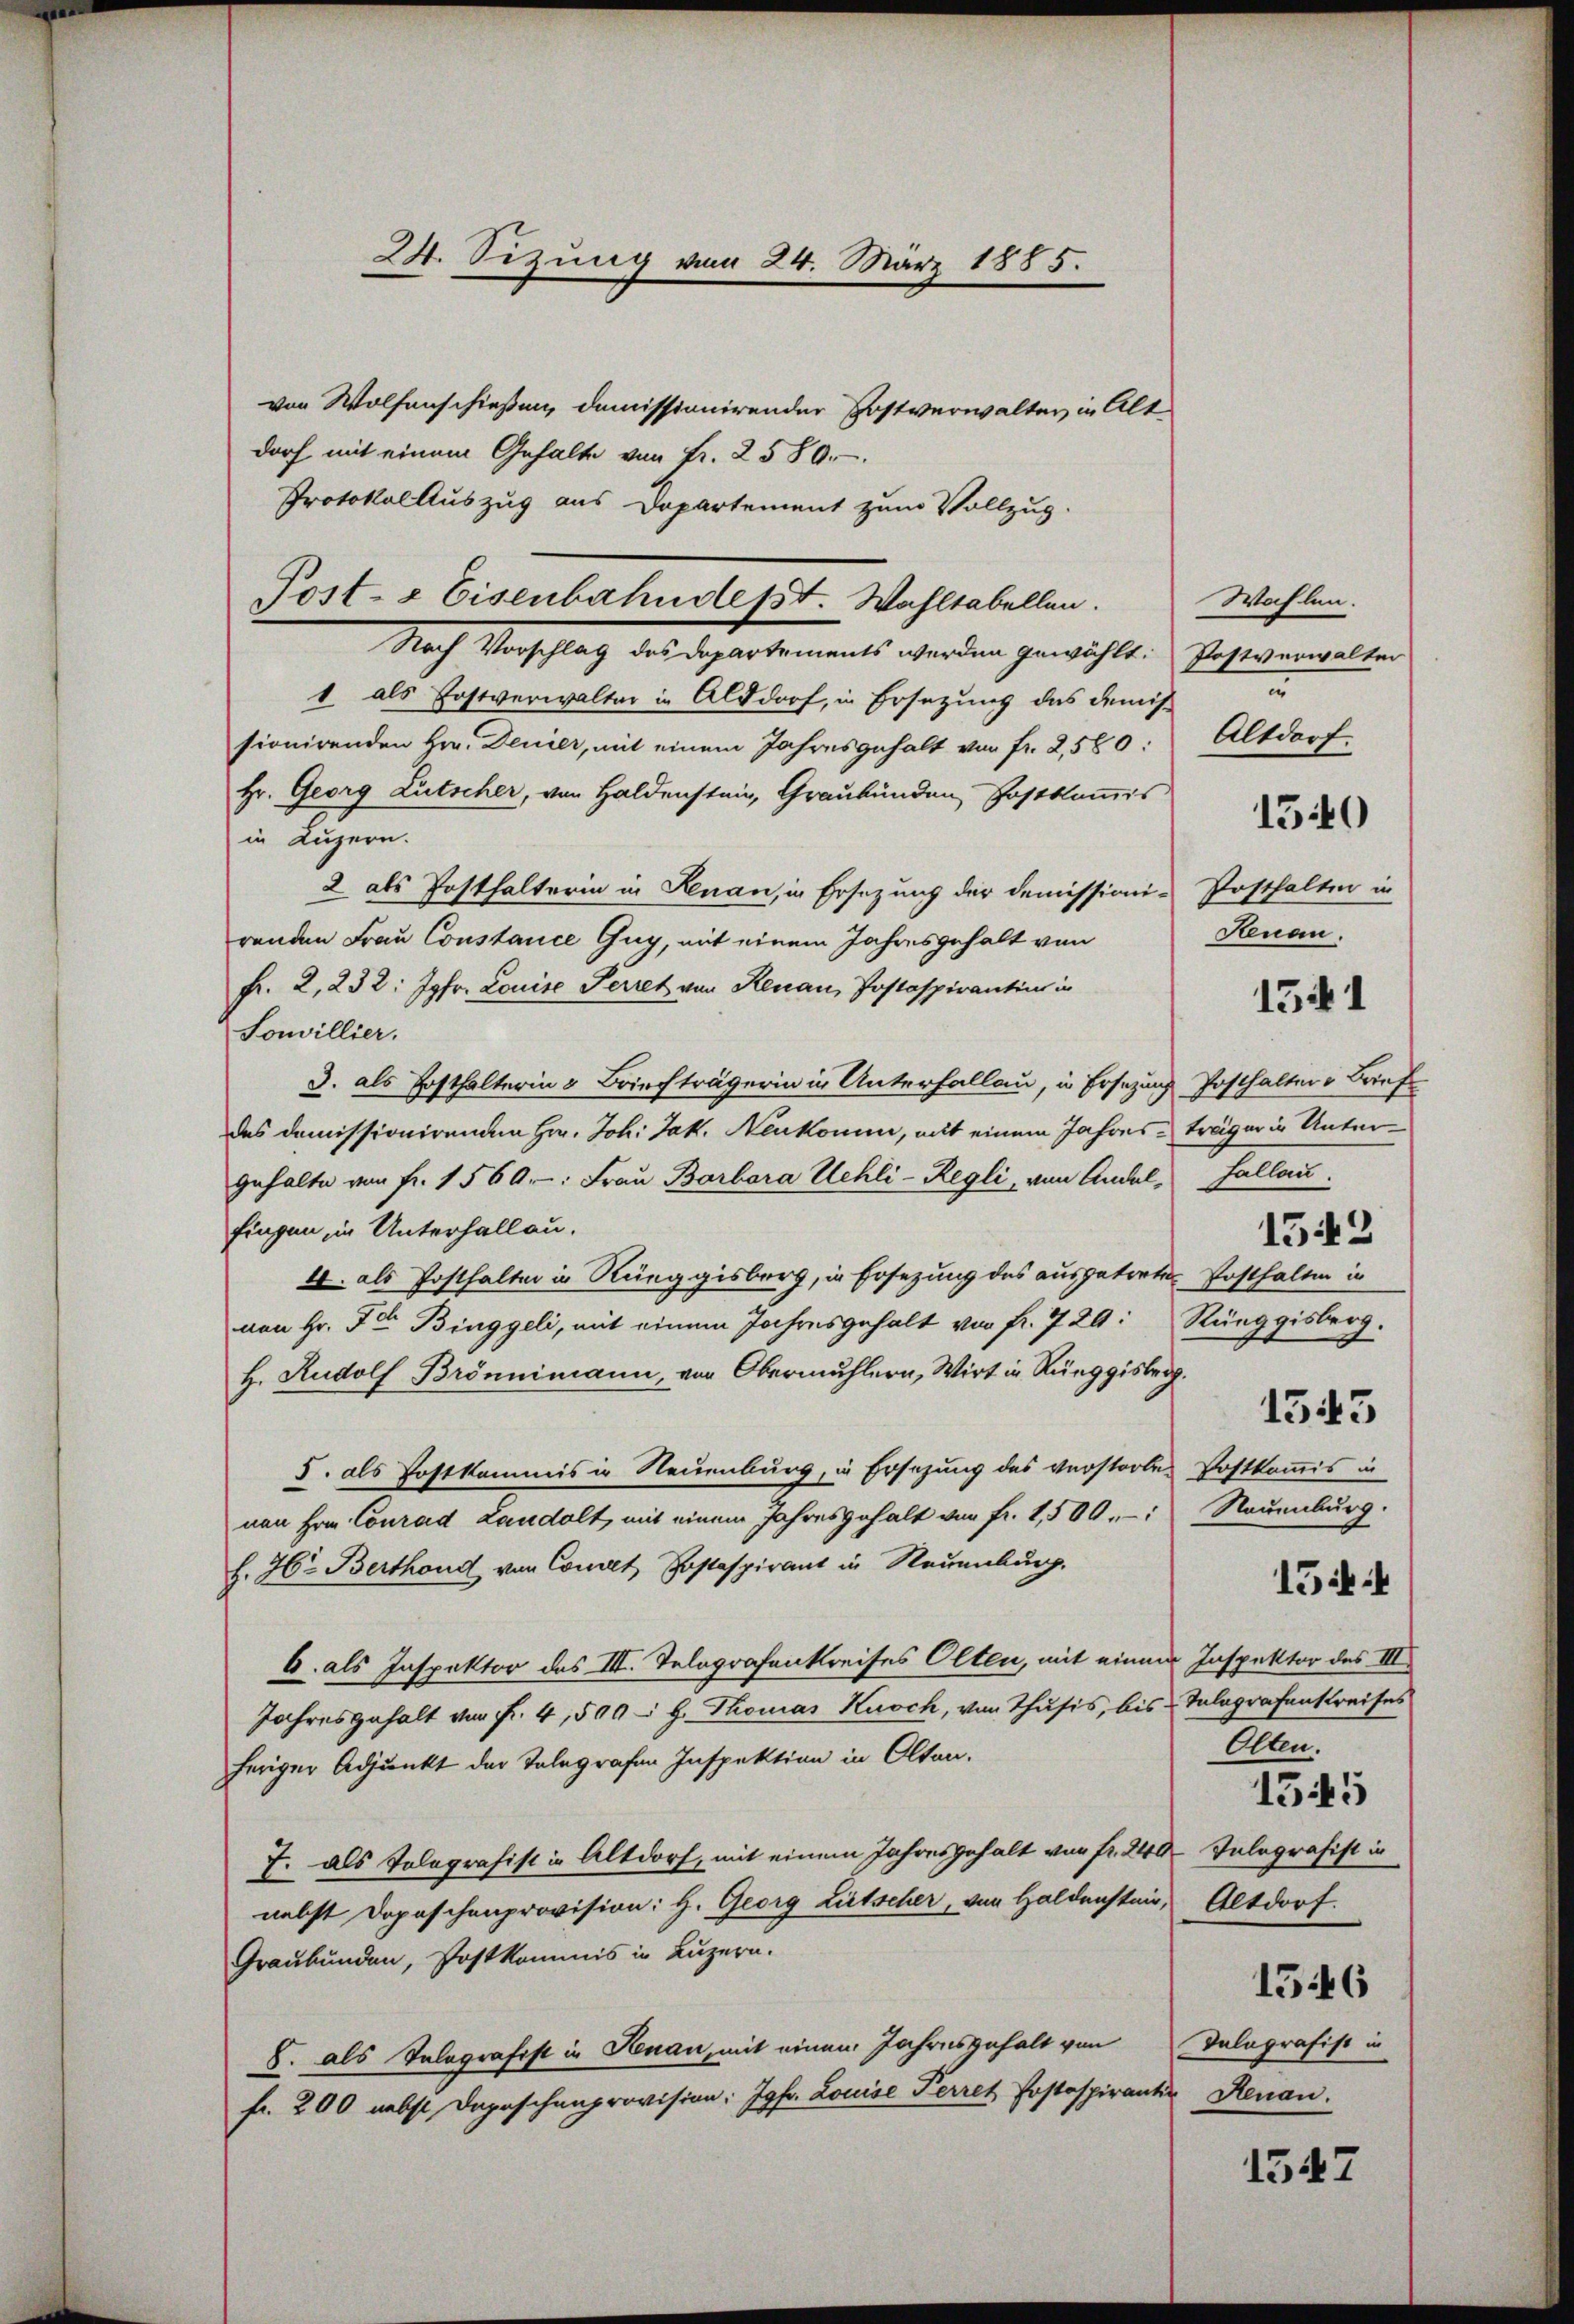
24. Sizung vom 24. März 1885.

von Wolfenschießen, domissionirender Postverwalter in Altdorf mit einem Gehalte von fr. 2580.
Protokolauszug aus Departement zum Vollzug.
Nach Vorschlag des Departements werden gewählt. Postverwalter
1 als Postverwalter in Altdorf, in Ersezung des demissionirenden Hrn. Denier, mit einem Jahresgehalt von fr. 2,580:
Hr. Georg Lutscher, von Haldenstein, Graubünden, Postkommis
in Luzern.
2 als Posthalterin in Renau, in Ersezung der Demissioni-
renden Frau Constance Guy, mit einem Jahresgehalt von
Fr. 2,232: Jgfr. Louise Perret von Renau, Postaspirantin in
Sonvillier.
3. als Posthalterin & Briefträgerin in Unterhallan, in Ersezung Posthalters Brief
des domissionirenden Hr. Joh. Jak. Neukomm, mit einem Jahres träger in Unter¬
Gehalte von fr. 1560: Frau Barbara Uehli-Regli, von Andel, Fallau
fingen, in Unterhallau.
4. als Posthalten in Rüeggisberg, in Ersezung des ausgetreten Posthalten in
von Hr. Fr. Binggeli, mit einem Jahresgehalt von fr. 7 29: Rüeggisberg.
H. Rudolf Brönnimann, von Obermühlern, Wirt in Rüeggisberg.
5. als Postkommis in Neuenburg, in Ersezung des verstorbes Postkommis in
nen Hrn. Conrad Landolt, mit einem Jahresgehalt von fr. 1,500, Neuenburg.
H. 76. Berthoud von Comet Postaspirant in Neuenburg.
6. als Inspektor des III. Telegrafenkreises Olten, mit einem Inspektor des III.
Jahresgehalt von Fr. 4, 509 - H. Thomas Kusch, von Thusis, bis Talagrafenkreises
heriger Adjunkt der Telegrafen Inspektion in Olten.
J. als Telegrafist in Altdorf, mit einem Jahresgehalt von Fr. 240. Telegrafist in
nebst Dopaschenprovision: H. Georg Litscher, von Haldenstein, Altdorf.
Graubünden, Postkommis in Luzern.
S. als Telegrafist in Renau, mit einem Jahresgehalt von
fr. 200 nebst Depeschenprovision: Jgfr. Louise Perret Postspirant Renau.

Post- & Eisenbahndet. Wahltabellen.

Wahlen.
u
Altdorf.
Posthalten in
Senau.
1542
1543
1544
Olten.
1545
1546
Talografist in

1540

1541

1547